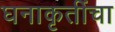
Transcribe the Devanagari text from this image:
घनाकृतींचा